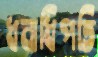
ধনাধিপতি